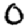
Digit: 0